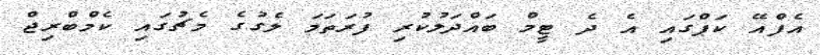
އެފްއޭ ކަޕްގައި އެ ދެ ޓީމް ބައްދަލުކުރި ފުރަތަމަ ލެގުގެ މެޗުގައި ކެމްބްރިޖް